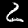
Label: 2